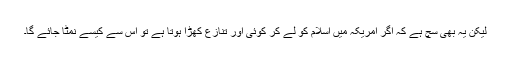
لیکن یہ بھی سچ ہے کہ اگر امریکہ میں اسلام کو لے کر کوئی اور تنازع کھڑا ہوتا ہے تو اس سے کیسے نمٹا جائے گا۔